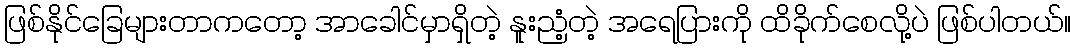
ဖြစ်နိုင်ခြေများတာကတော့ အာခေါင်မှာရှိတဲ့ နူးညံ့တဲ့ အရေပြားကို ထိခိုက်စေလို့ပဲ ဖြစ်ပါတယ်။